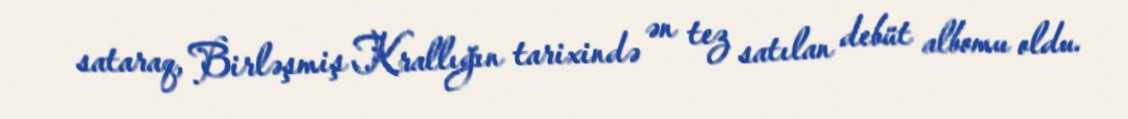
sataraq, Birləşmiş Krallığın tarixində ən tez satılan debüt albomu oldu.